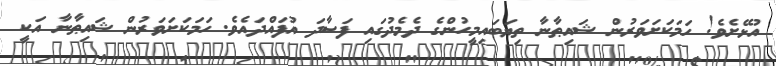
އުޅޭށެވެ! ހަމަކަށަވަރުން ޝައިޠާނާ ތިޔަބައިމީހުންގެ ދެމެދުގައި ފަސާދަ އުފައްދައެވެ. ހަމަކަށަވަރުން ޝައިޠާނާ އަކީ